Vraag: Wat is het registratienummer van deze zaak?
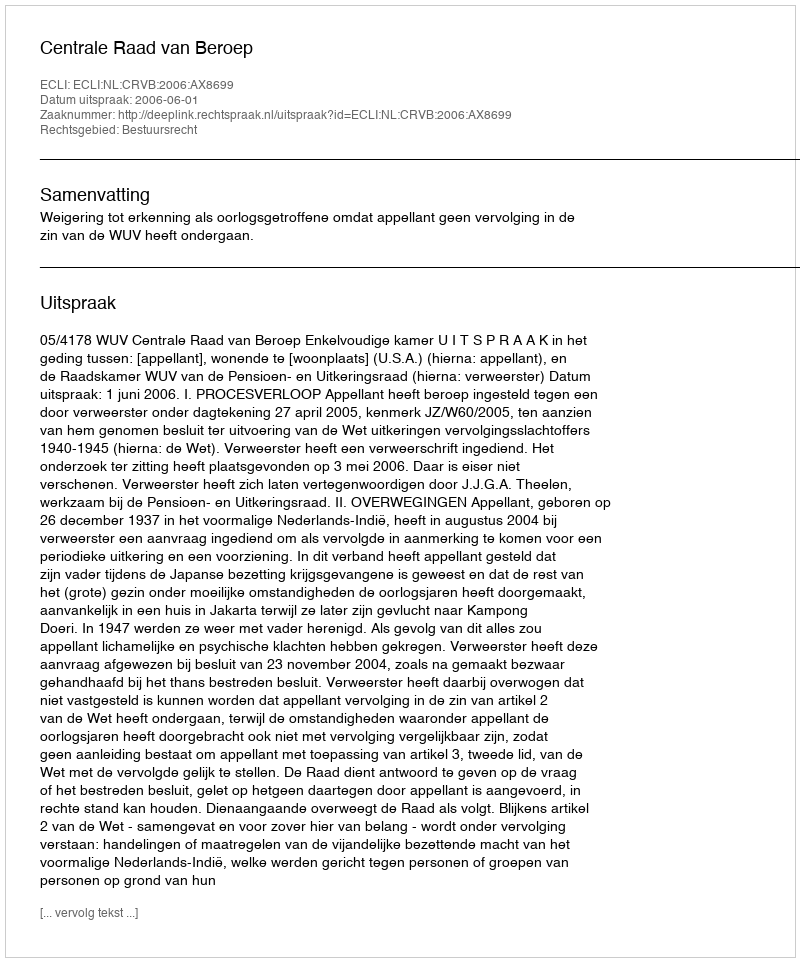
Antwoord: http://deeplink.rechtspraak.nl/uitspraak?id=ECLI:NL:CRVB:2006:AX8699